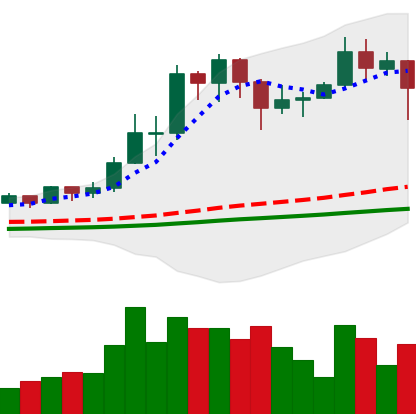
Ticker: TRX-USD
Chart end date: 2021-02-22
Forward return: -14.289%
Label: down_7plus